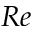
R e